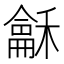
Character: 𮃰